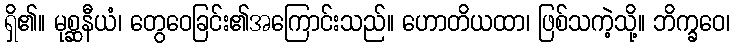
ရှိ၏။ မုစ္ဆနီယံ၊ တွေဝေခြင်း၏အကြောင်းသည်။ ဟောတိယထာ၊ ဖြစ်သကဲ့သို့။ ဘိက္ခဝေ၊